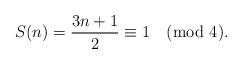
LaTeX: \begin{align*}S(n) = \frac{3n+1}{2} \equiv 1 \pmod{4}.\end{align*}